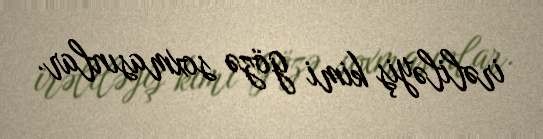
irəliləyiş kimi gözə soxmasınlar.